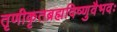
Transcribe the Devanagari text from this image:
तृणीकृतब्रह्मविष्णुवैभवः